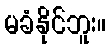
မခံနိုင်ဘူး။